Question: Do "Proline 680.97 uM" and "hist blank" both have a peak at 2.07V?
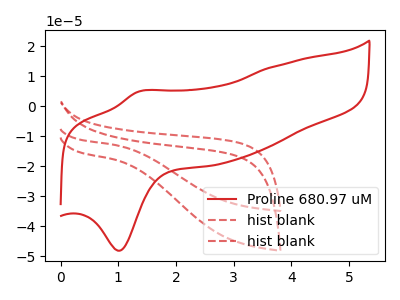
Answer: <think>The red curve "Proline 680.97 uM" has an anodic peak at (1.35V, 4.80uA) and a cathodic peak at (1.00V, -48.20uA). The red dashed curve "hist blank" has no peaks. The red dashed curve "hist blank" has no peaks.</think>
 <answer>No, "Proline 680.97 uM" and "hist blank" dont share a peak at 2.07V.</answer>
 <eval>mismatch</eval>